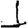
Digit: 1